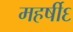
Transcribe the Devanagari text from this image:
महर्षी६